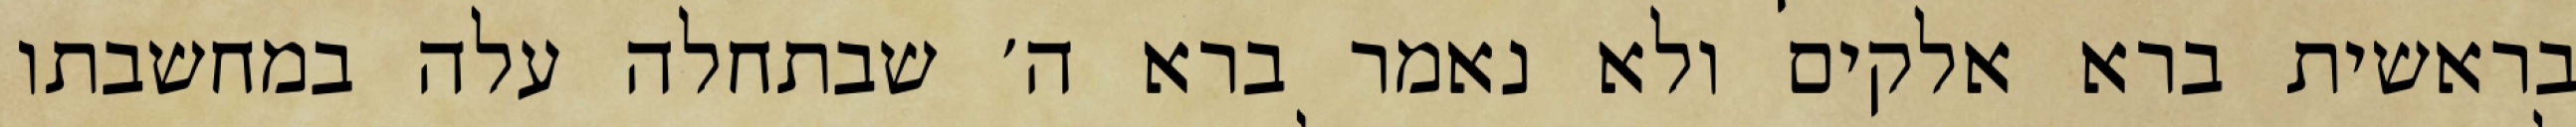
בראשית ברא אלקים ולא נאמר ברא ה׳ שבתחלה עלה במחשבתו